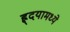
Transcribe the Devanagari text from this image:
ह्र्दयामध्ये